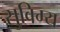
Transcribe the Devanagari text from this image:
सुविग्य